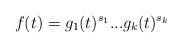
LaTeX: \begin{align*}f(t) = g_1(t)^{s_1} ... g_k(t)^{s_k}\end{align*}